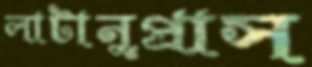
লাটানুপ্রাস